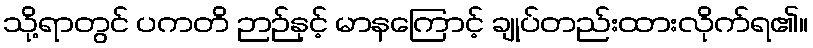
သို့ရာတွင် ပကတိ ဉာဉ်နှင့် မာနကြောင့် ချုပ်တည်းထားလိုက်ရ၏။